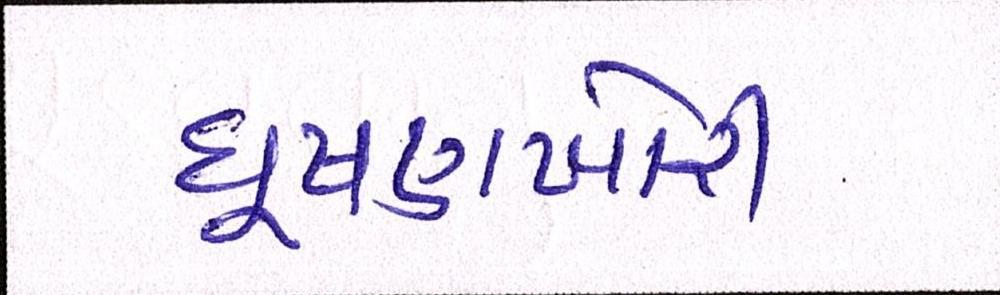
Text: ઘૂષણખોરી